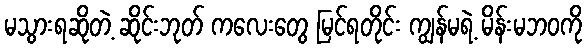
မသွားရဆိုတဲ့ ဆိုင်းဘုတ် ကလေးတွေ မြင်ရတိုင်း ကျွန်မရဲ့ မိန်းမဘဝကို